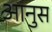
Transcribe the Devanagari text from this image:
आनुस